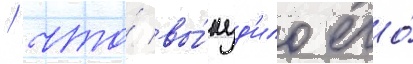
/ что́ вы́нуд'ило его́